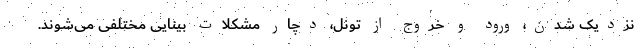
نزدیک شدن، ورود و خروج از تونل، دچار مشکلات بینایی مختلفی می‌شوند.